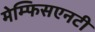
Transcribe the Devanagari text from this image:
मेम्फिसएनटी